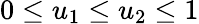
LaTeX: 0\leq u_{1}\leq u_{2}\leq 1